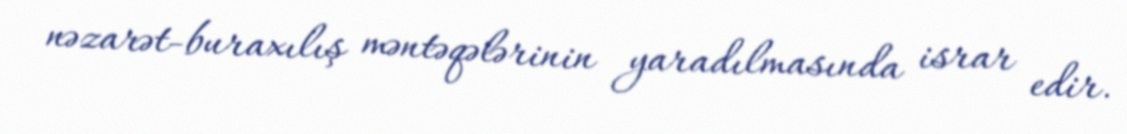
nəzarət-buraxılış məntəqələrinin yaradılmasında israr edir.